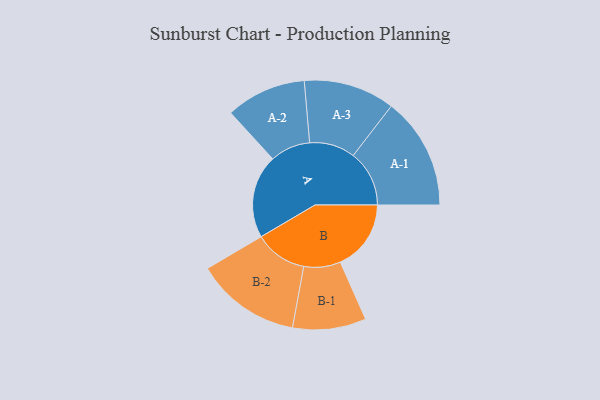
{"axis": {"x": "Segment", "y": "Value"}, "legend": ["", "A", "B"], "data": [{"x": "A", "y": 432, "type": ""}, {"x": "B", "y": 366, "type": ""}, {"x": "A-1", "y": 290, "type": "A"}, {"x": "A-2", "y": 208, "type": "A"}, {"x": "A-3", "y": 236, "type": "A"}, {"x": "B-1", "y": 190, "type": "B"}, {"x": "B-2", "y": 272, "type": "B"}]}